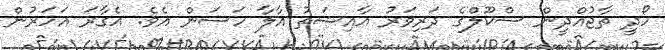
ހޯދީ ތާޖުއްދީން ސްކޫލްގެ ދަރިވަރު އާއިޝަތު އާލާ ހަސަން އެވެ. އެގާރަ އަހަރުން